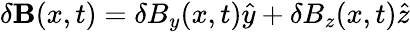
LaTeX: \delta{\mathbf B}(x,t)=\delta{B_{y}(x,t)}\hat{y}+\delta{B_{z}(x,t)}\hat{z}